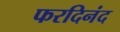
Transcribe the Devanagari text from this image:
फरदिनंद